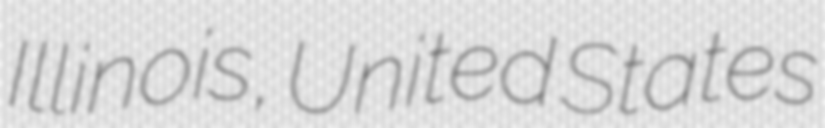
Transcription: Illinois, United States